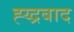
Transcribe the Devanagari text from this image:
ह्य्द्रबाद